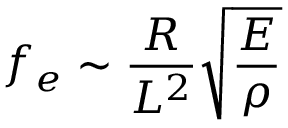
f _ { e } \sim \frac { R } { L ^ { 2 } } \sqrt \frac { E } { \rho }